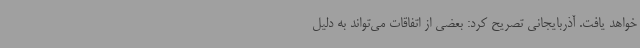
خواهد یافت. آذربایجانی تصریح کرد: بعضی از اتفاقات می‌تواند به دلیل